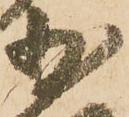
少